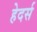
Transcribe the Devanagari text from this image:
हेदर्स